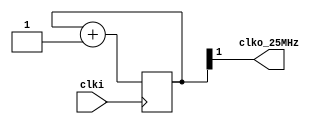
 /* this program is to generate clock signals
    Copyright (C) 2018 IdlessChaye

    This program is free software; you can redistribute it and/or modify
    it under the terms of the GNU General Public License as published by
    the Free Software Foundation; either version 2 of the License, or
    (at your option) any later version.

    This program is distributed in the hope that it will be useful,
    but WITHOUT ANY WARRANTY; without even the implied warranty of
    MERCHANTABILITY or FITNESS FOR A PARTICULAR PURPOSE.  See the
    GNU General Public License for more details.

    You should have received a copy of the GNU General Public License along
    with this program; if not, write to the Free Software Foundation, Inc.,
    51 Franklin Street, Fifth Floor, Boston, MA 02110-1301 USA.
*/


`timescale 1ns / 1ns
module freq_divide(
        input clki,
        output clko_25MHz
    );

reg [27:0]state;
always@(posedge clki)
begin
  state <= state+1'b1;
end
assign clko_25MHz=state[1];

endmodule